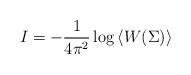
LaTeX: \begin{align*}I = - \frac{1}{4 \pi^2} \log \left<W (\Sigma) \right>\end{align*}